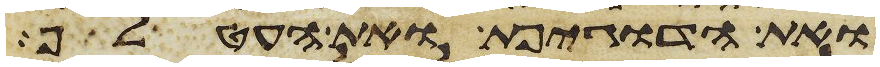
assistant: ואת הדגיפת ואת העטלף